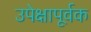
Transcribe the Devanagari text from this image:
उपेक्षापूर्वक